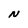
Character: N